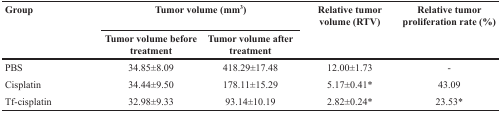
| <ROWSPAN=2> Group | <COLSPAN=2> Tumor volume (mm3) | <ROWSPAN=2> Relative tumor volume (RTV) | <ROWSPAN=2> Relative tumor proliferation rate (%) |
 | Tumor volume before treatment | Tumor volume after treatment |
 | --- | --- | --- | --- | --- |
 | PBS | 34.85±8.09 | 418.29±17.48 | 12.00±1.73 | - |
 | Cisplatin | 34.44±9.50 | 178.11±15.29 | 5.17±0.41* | 43.09 |
 | Tf-cisplatin | 32.98±9.33 | 93.14±10.19 | 2.82±0.24* | 23.53* |